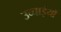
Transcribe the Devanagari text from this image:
उच्चाईयों